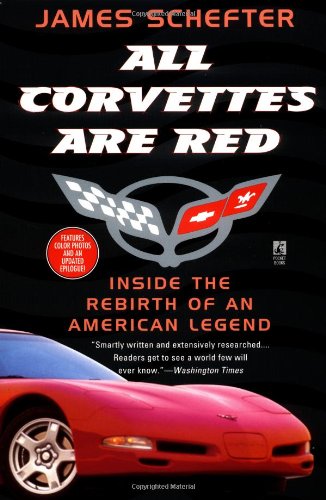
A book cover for All Corvettes Are Red (Inside the Rebirth of an American Legend); James Schefter; Business & Money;